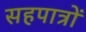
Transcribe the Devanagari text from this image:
सहपात्रों